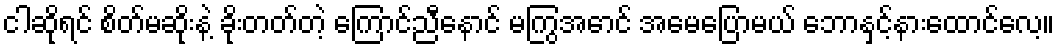
ငါဆိုရင် စိတ်မဆိုးနဲ့ ခိုးတတ်တဲ့ ကြောင်ညီနောင် မကြွအောင် အမေပြောမယ် ဘောနှင့်နားထောင်လေ့။